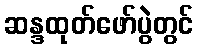
ဆန္ဒထုတ်ဖော်ပွဲတွင်